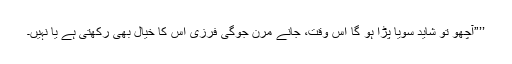
’’”آچھو تو شاید سویا پڑا ہو گا اس وقت، جانے مرن جوگی فرزی اس کا خیال بھی رکھتی ہے یا نہیں۔